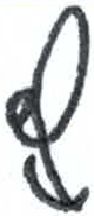
אות: ץ